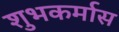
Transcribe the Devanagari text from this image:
शुभकर्मास